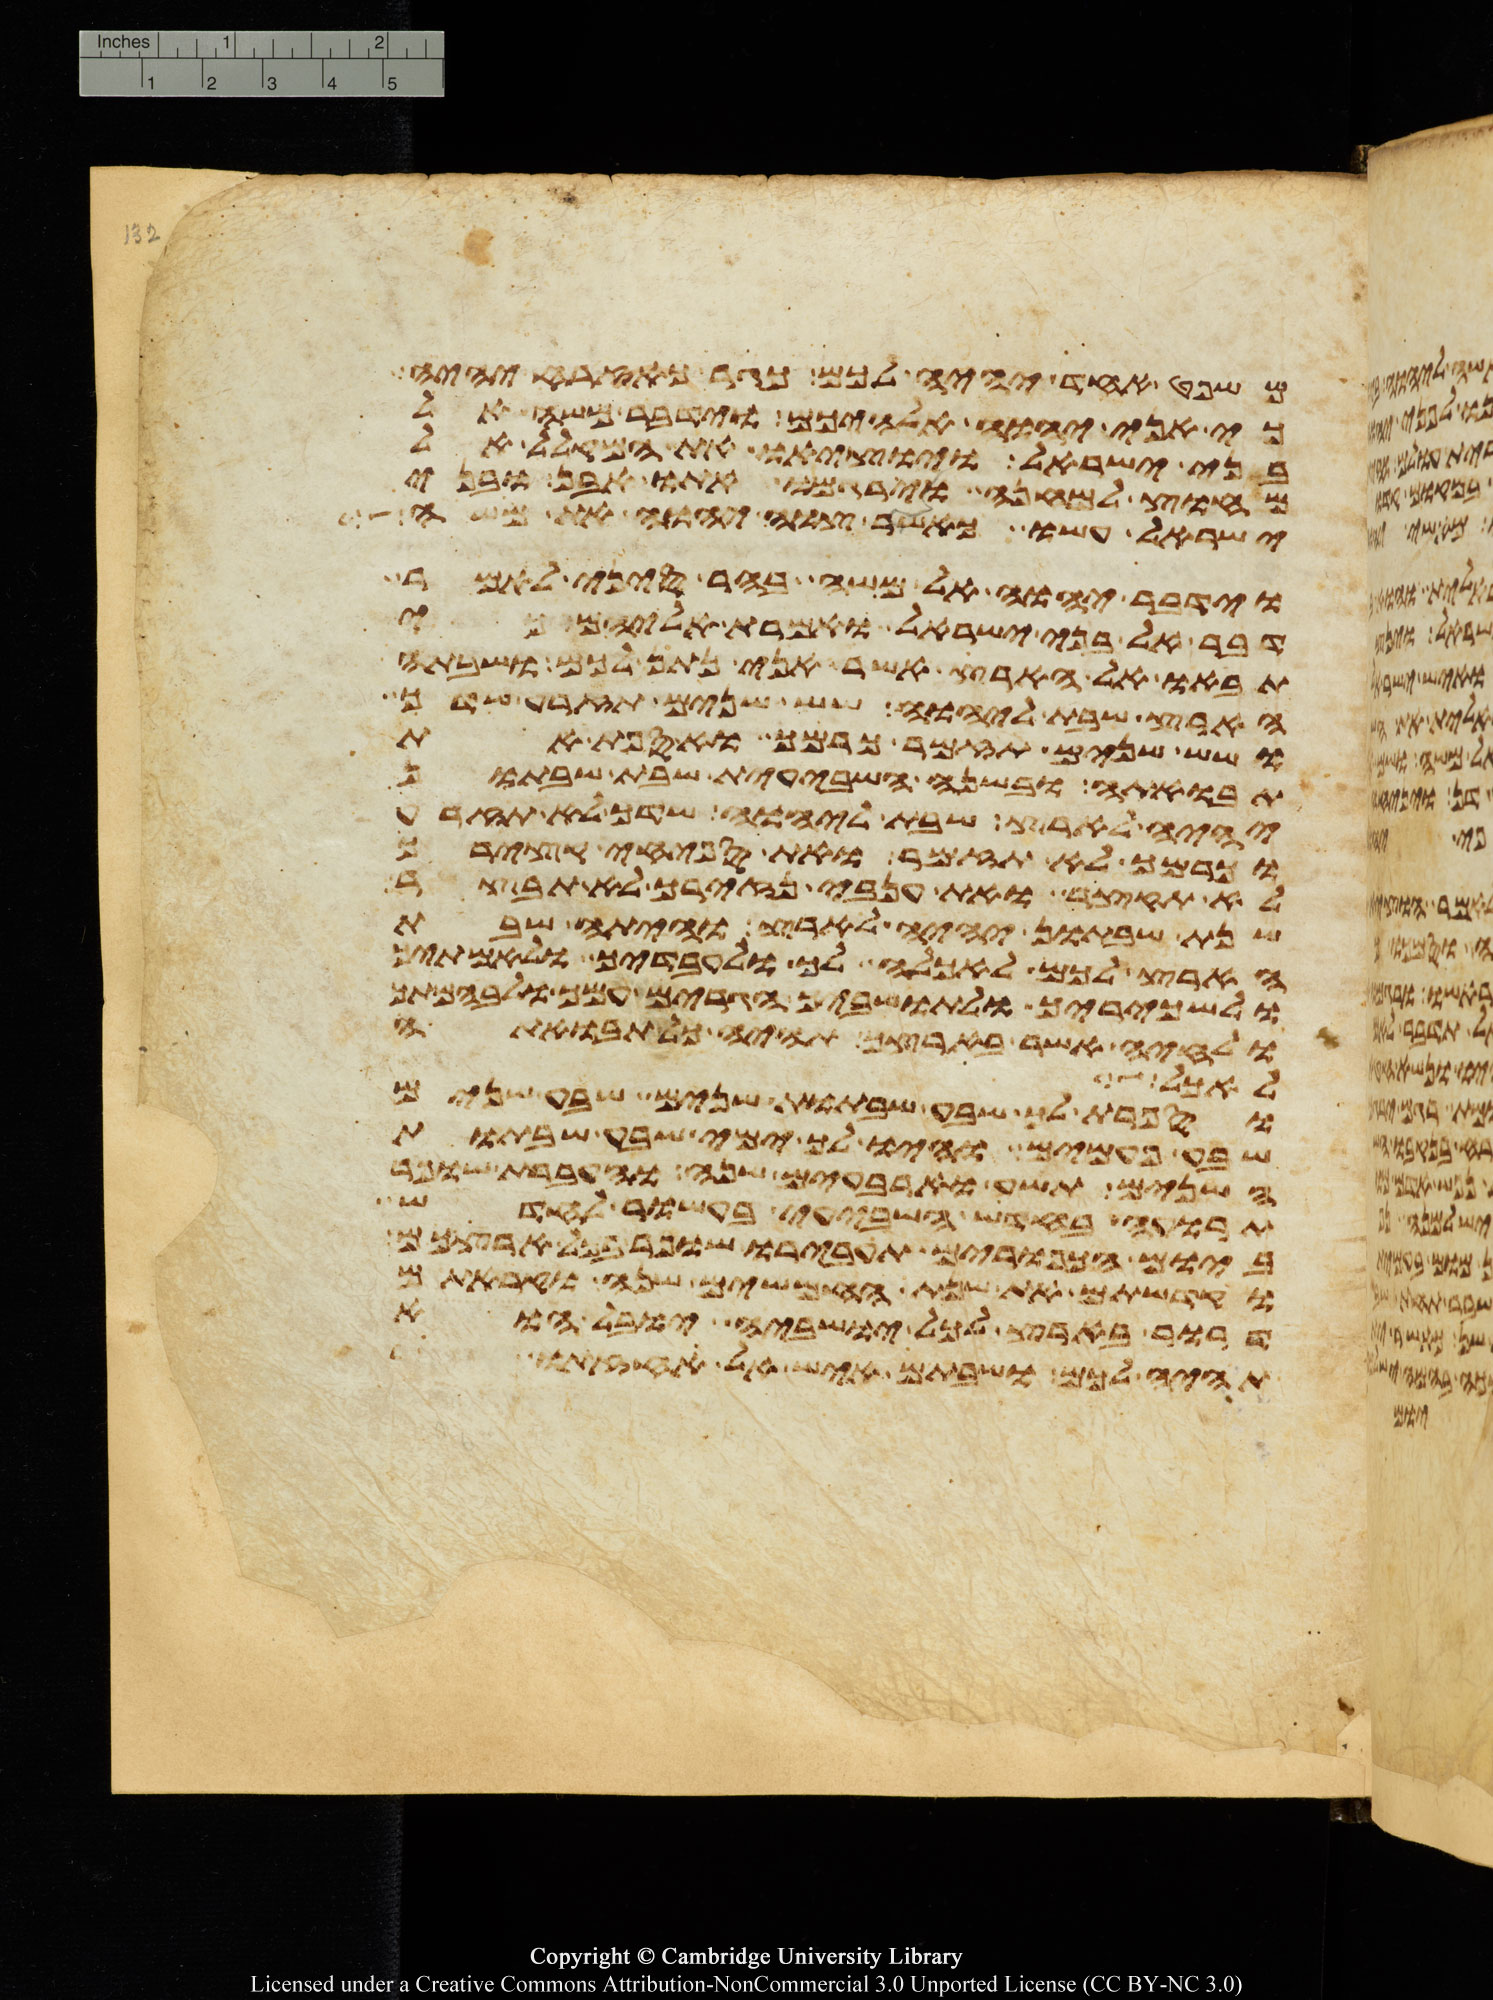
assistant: משפט אחד יהיה לכם כגר כאזרח יהיה
כי אני יהוה אלהיכם וידבר משה אל
בני ישראל ויוציאו את המקלל אל
מחוץ למחנה וירגמו אתו אבן ובני
ישראל עשו כאשר צוה יהוה את משה
וידבר יהוה אל משה בהר סיני לאמר
דבר אל בני ישראל ואמרת אליהם כי
תבאו אל הארץ אשר אני נתן לכם ושבתה
הארץ שבת ליהוה שש שנים תזרע שדך
ושש שנים תזמר כרמך ואספת את
תבואתה ובשנה השביעית שבת שבתון
יהיה לארץ שבת ליהוה שדך לא תזרע
וכרמך לא תזמר ואת ספחי קציריך
לא תקצר ואת ענבי נזיריך לא תבצר
שנת שבתון יהיה לארץ והיתה שבת
הארץ לכם לאכלה לך ולעבדיך ולאמתיך
ולשכיריך ולתושביך הגרים עמך ולבהמתך
ולחיה אשר בארצך תהיה כל תבואתה
לאכלה
וספרת לך שבע שבתות שנים שבע שנים
שבע פעמים והיו לך ימי שבע שבתות
השנים תשע וארבעים שנה והעברת שופר
תרועה בחדש השביעי בעשור לחדש
ביום הכפורים תעבירו שופר בכל ארצכם
וקדשתם את שנת החמשים שנה וקראתם
דרור בארץ לכל ישביה יובל הוא
תהיה לכם ושבתם איש אל אחזתו